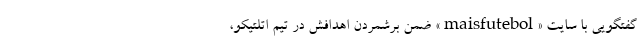
گفتگویی با سایت «maisfutebol» ضمن برشمردن اهدافش در تیم اتلتیکو،